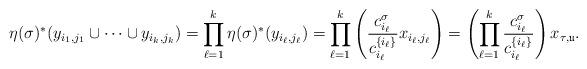
LaTeX: \begin{align*}\eta(\sigma)^*(y_{i_1,j_1}\cup\cdots\cup y_{i_k,j_k})=\prod_{\ell=1}^{k}\eta(\sigma)^{\ast}(y_{i_{\ell},j_{\ell}}) =\prod^k_{\ell=1}\left(\frac{c_{i_{\ell}}^{\sigma}}{c_{i_{\ell}}^{\{i_{\ell}\}}}x_{i_{\ell},j_{\ell}}\right) =\left(\prod^k_{\ell=1}\frac{c_{i_{\ell}}^{\sigma}}{c_{i_{\ell}}^{\{i_{\ell}\}}}\right)x_{\tau,\mathfrak{u}}. \end{align*}